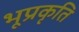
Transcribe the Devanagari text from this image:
भूप्रकृति